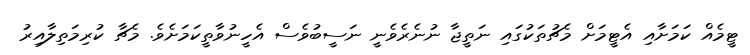
ޓީމެއް ކަމަށާއި އެޓީމަށް މެޗުތަކުގައި ނަތީޖާ ނުނެރެވެނީ ނަސީބުވެސް އެހީނުވާތީކަމަށެވެ. މެޗާ ކުރިމަތިލާއިރު